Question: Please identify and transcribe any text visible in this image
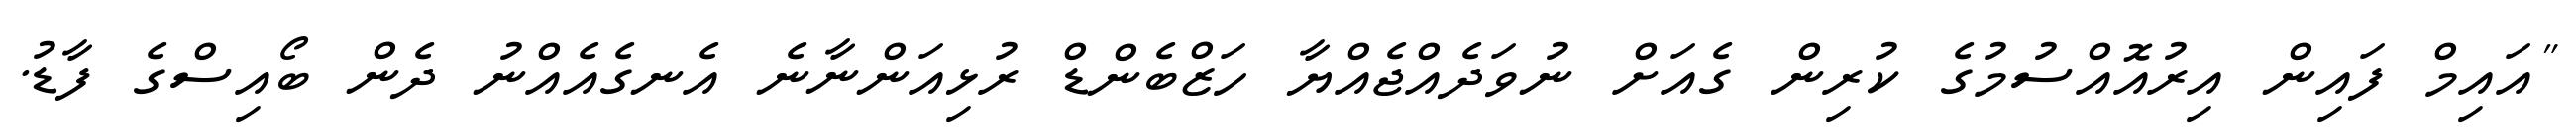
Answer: "އައިމް ފައިން އިރުއޮއްސުމުގެ ކުރިން ގެއަށް ނުވަދެއްޖެއްޔާ ހަޒްބެންޑް ރުޅިއަންނާނެ އެނގެއެއްނު ދެން ބޯއިސްގެ ފާޑު.